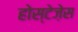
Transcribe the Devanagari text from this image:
होस्टेज़ेस